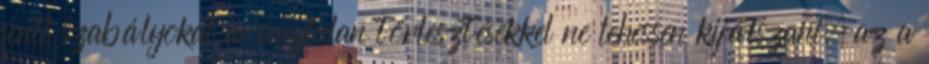
fenti szabályokat aránytalan törlesztésekkel ne lehessen kijátszani, az a